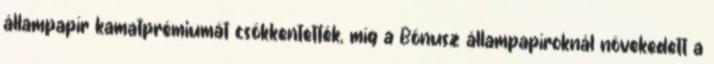
állampapír kamatprémiumát csökkentették, míg a Bónusz állampapíroknál növekedett a